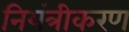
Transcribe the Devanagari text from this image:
नियंत्रीकरण